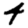
Digit: 4